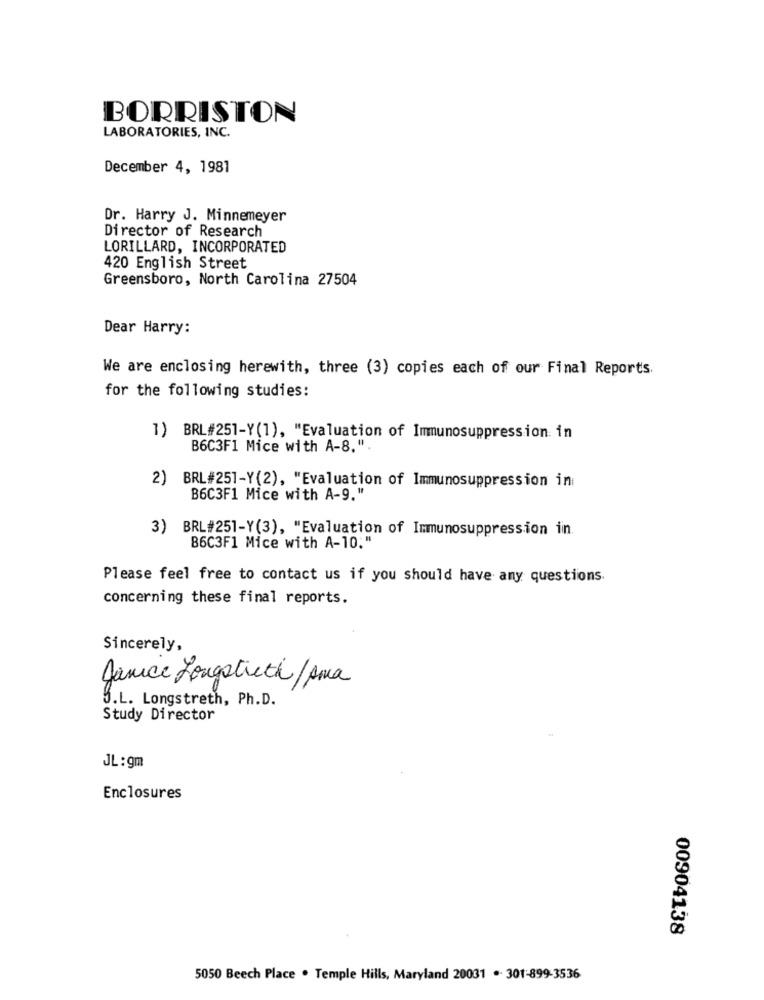
BORRISTON
LABORATORIES, INC.
December 4, 1981
Dr. Harry J. Minnemeyer
Director of Research
LORILLARD, INCORPORATED
420 English Street
Greensboro, North Carolina 27504
Dear Harry:
We are enclosing herewith, three (3) copies each of our Final Reports.
for the following studies:
1) BRL#251-Y(1), "Evaluation of Immunosuppression in
B6C3F1 Mice with A-8.".
2)
BRL#251-Y(2), "Evaluation of Immunosuppression in
B6C3F1 Mice with A-9."
3) BRL#251-Y(3), "Evaluation of Immunosuppression iin.
B6C3F1 Mice with A-10."
Please feel free to contact us if you should have any questions.
concerning these final reports.
Sincerely,
Janice Longotieth/Ama
J.L. Longstreth, Ph.D.
Study Director
JL: gm
Enclosures
00904138
5050 Beech Place . Temple Hills, Maryland 20031 . 301-899-3536